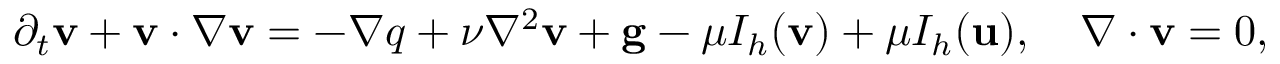
\partial _ { t } \mathbf { v } + \mathbf { v } \cdot \nabla \mathbf { v } = - \nabla q + \nu \nabla ^ { 2 } \mathbf { v } + \mathbf { g } - \mu I _ { h } ( \mathbf { v } ) + \mu I _ { h } ( \mathbf { u } ) , \quad \nabla \cdotp \mathbf { v } = 0 ,